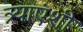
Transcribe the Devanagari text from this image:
त्र्याएंशी